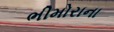
ભીમોરાના